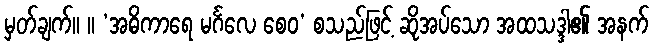
မှတ်ချက်။ ။ ‘အဓိကာရေ မင်္ဂလေ စေဝ’ စသည်ဖြင့် ဆိုအပ်သော အထသဒ္ဒါ၏ အနက်